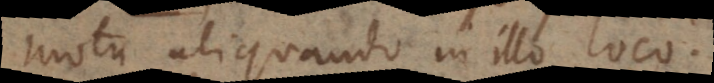
motu aliquando in illo loco.